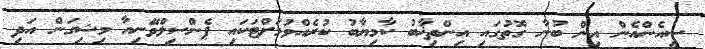
ސީއެންއެން އިން ބުނާ ގޮތުގައި އިންތިޚާބު ކާމިޔާބު ކުރެއްވުމަށްޓަކައި ޕެންސިލްވޭނިއާ މިޝިގަން އަދި